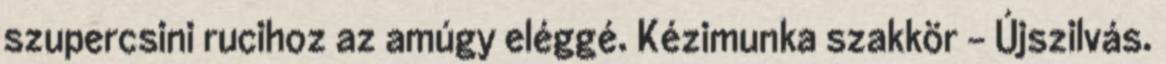
szupercsini rucihoz az amúgy eléggé. Kézimunka szakkör - Újszilvás.